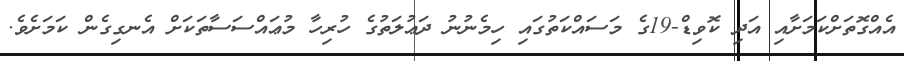
އެއްގޮތަށްކަމަށާއި އަދި ކޮވިޑް-19ގެ މަސައްކަތުގައި ހިމެނުނު ދަޢުލަތުގެ ހުރިހާ މުޢައްސަސާތަކަށް އެނގިގެން ކަމަށެވެ.